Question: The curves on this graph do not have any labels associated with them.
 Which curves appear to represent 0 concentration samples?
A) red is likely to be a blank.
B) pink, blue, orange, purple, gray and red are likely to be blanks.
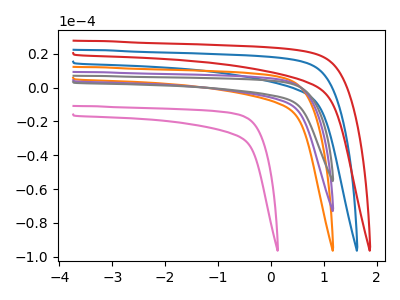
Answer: <think>The pink curve "pink" has no peaks. The blue curve "blue" has no peaks. The orange curve "orange" has no peaks. The purple curve "purple" has no peaks. The gray curve "gray" has no peaks. The red curve "red" has no peaks.</think>
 <answer>B) "pink", "blue", "orange", "purple", "gray" and "red" are likely to be blanks.</answer>
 <eval>B</eval>